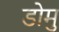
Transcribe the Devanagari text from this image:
डोमु